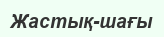
Жастық-шағы